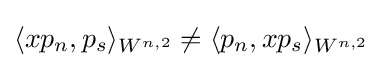
\langle xp_{n},p_{s}\rangle _{W^{n,2}}\neq \langle p_{n},xp_{s}\rangle _{W^{n,2}}